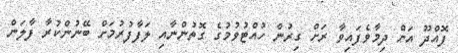
ފޮއްދޫ އަށް ދިމާވެފައިވާ ރަށް ގިރުން ހުއްޓުވުމުގެ ގޮތުންނާއި ލަފާފުރުމަށް ބޭނުންކުރާ ފާލަން